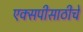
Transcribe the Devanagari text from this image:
एक्सपीसाठीचे